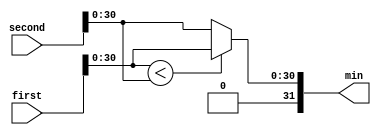
module min_abs(first, second, min);
	input	[31:0]	first;
	input	[31:0]	second;
	output	[31:0]	min;
	wire	integer	first_temp;
	wire	integer second_temp;

	always @(*)
	begin
		first_temp = {0, first[30:0]};
		second_temp = {0, second[30:0]};
		if (first_temp < second_temp)
			min = first_temp;
		else
			min = second_temp;
	end
endmodule